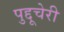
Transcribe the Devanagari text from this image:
पुद्दूचेरी